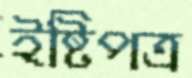
ইষ্টিপত্র